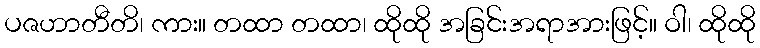
ပဇဟာတီတိ၊ ကား။ တထာ တထာ၊ ထိုထို အခြင်းအရာအားဖြင့်။ ဝါ၊ ထိုထို